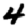
Digit: 4